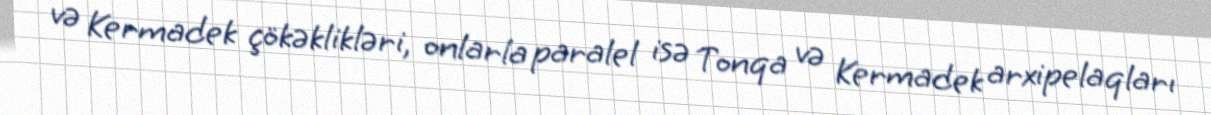
və Kermadek çökəklikləri, onlarla paralel isə Tonqa və Kermadek arxipelaqları